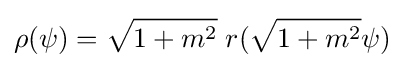
\rho (\psi )={\sqrt {1+m^{2}}}\;r({\sqrt {1+m^{2}}}\psi )